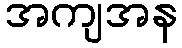
အကျအန